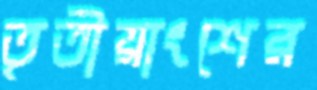
তৃতীয়াংশের